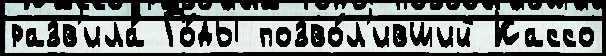
разв'ила́ Го́ды позво́л'ивший Кассо